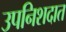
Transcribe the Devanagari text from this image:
उपनिशदात